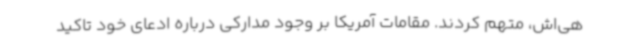
هی‌اش، متهم کردند. مقامات آمریکا بر وجود مدارکی درباره ادعای خود تاکید